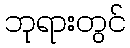
ဘုရားတွင်